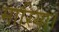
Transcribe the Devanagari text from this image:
मारिया।